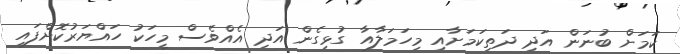
ކަމަށް ބުނަން އަދި ދަތިކަމަށާއި މިހަމަލާއާ ގުޅިގެން އަދި އެއްވެސް މީހަކު ހައްޔަރުކޮށްފައި